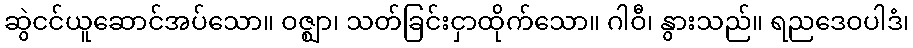
ဆွဲငင်ယူဆောင်အပ်သော။ ဝဇ္ဈာ၊ သတ်ခြင်းငှာထိုက်သော။ ဂါဝီ၊ နွားသည်။ ရညဒေဝပါဒံ၊